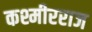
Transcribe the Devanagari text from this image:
कश्मीरराज